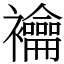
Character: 𧟇